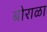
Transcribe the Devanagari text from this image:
बोराळा